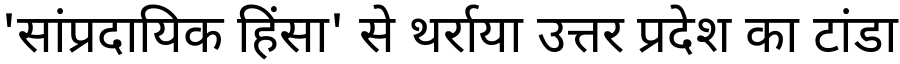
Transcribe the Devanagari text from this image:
'सांप्रदायिक हिंसा' से थर्राया उत्तर प्रदेश का टांडा